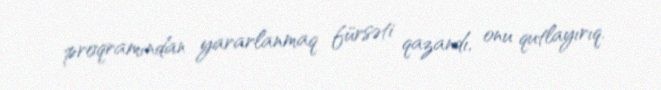
proqramından yararlanmaq fürsəti qazandı, onu qutlayırıq.